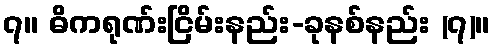
၇။ ဓိကရုဏ်းငြိမ်းနည်း-ခုနစ်နည်း (၇)။